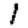
Digit: 1